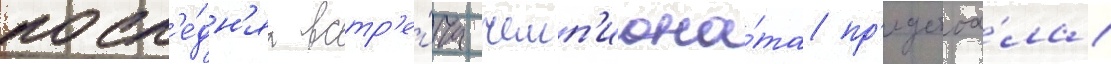
посл'е́дн'яа встр'е́ча чемп'иона́та пр'едстоа́ла